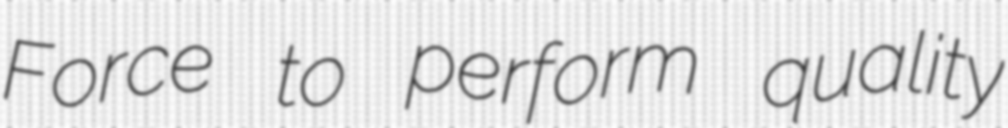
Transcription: Force to perform quality